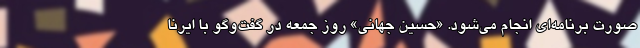
صورت برنامه‌ای انجام می‌شود. «حسین جهانی» روز جمعه در گفت‌وگو با ایرنا